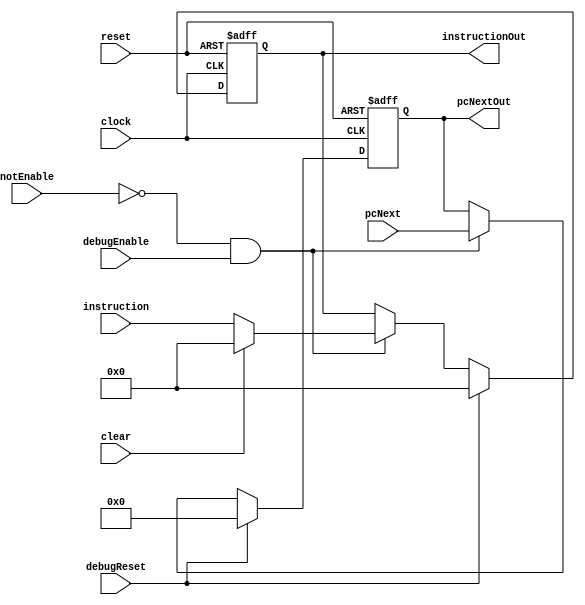
module IF_ID(
		input clock,
		input reset,
		input debugEnable,
		input debugReset,
		input notEnable,
		input clear,
		input[31:0] instruction,
		input[7:0] pcNext,
		output reg[31:0] instructionOut,
		output reg[7:0] pcNextOut
    );
	 
	 always @(negedge clock,posedge reset)begin
		if(reset)begin
			instructionOut<=0;
			pcNextOut<=0;
		end
		else if(debugReset)begin
			  instructionOut<=0;
			  pcNextOut<=0;
		end
		else if(~notEnable && debugEnable)begin
			if(clear)begin
				instructionOut<=0;
			end
			else begin
				instructionOut<=instruction;
			end
			pcNextOut<=pcNext;
		end
		
	 end


endmodule